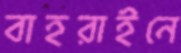
বাহরাইনে